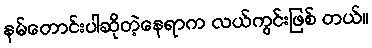
နမ်တောင်းပါဆိုတဲ့နေရာက လယ်ကွင်းဖြစ် တယ်။